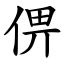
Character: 㑭